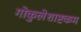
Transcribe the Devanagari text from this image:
गोकुलेशाष्टकम